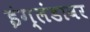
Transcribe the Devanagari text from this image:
इंग्लंडावर